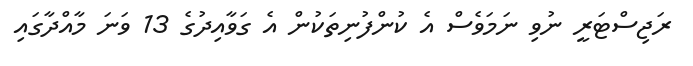
ރަޖިސްޓަރީ ނުވި ނަމަވެސް އެ ކުންފުނިތަކުން އެ ގަވާއިދުގެ 13 ވަނަ މާއްދާގައި